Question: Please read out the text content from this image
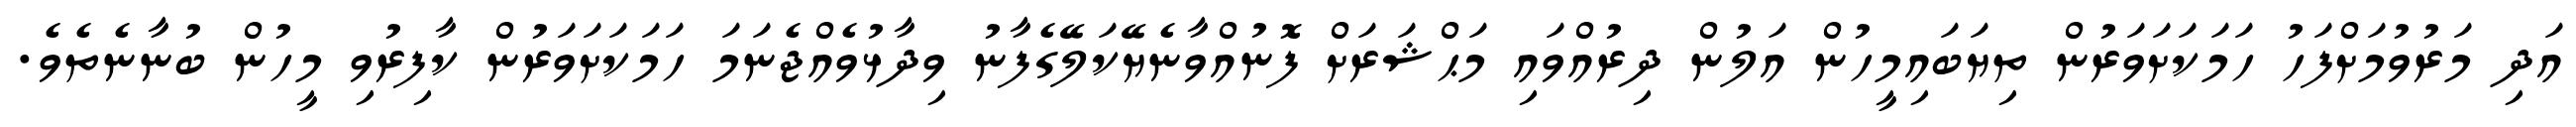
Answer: އަދި މަރުވުމަށްފަހު ހަމަކަށަވަރުން ތިޔަބައިމީހުން އަލުން ދިރުއްވައި މަޙްޝަރަށް ފޮނުއްވާނެޔޭކަލޭގެފާނު ވިދާޅުވެއްޖެނަމަ ހަމަކަށަވަރުން ކާފިރުވި މީހުން ބުނާނެތެވެ.